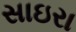
સાઇરા